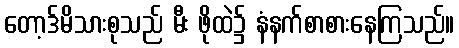
တော့ဒ်မိသားစုသည် မီး ဖိုထဲ၌ နံနက်စာစားနေကြသည်။